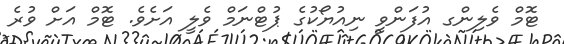
ޓޮމް ވެލިންގ އުފަންވީ ނިއުޔޯކުގެ ޕުޓްނަމް ވެލީ އަށެވެ. ޓޮމް އަށް ވުރެ